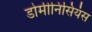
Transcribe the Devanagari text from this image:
डोमीनिसियंस